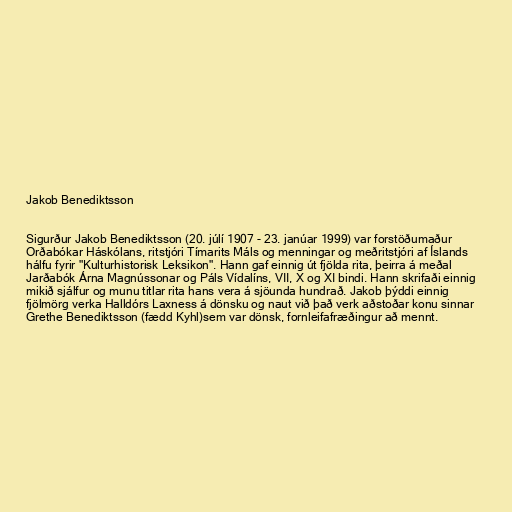
Jakob Benediktsson

Sigurður Jakob Benediktsson (20. júlí 1907 - 23. janúar 1999) var forstöðumaður
Orðabókar Háskólans, ritstjóri Tímarits Máls og menningar og meðritstjóri af Íslands
hálfu fyrir "Kulturhistorisk Leksikon". Hann gaf einnig út fjölda rita, þeirra á meðal
Jarðabók Árna Magnússonar og Páls Vídalíns, VII, X og XI bindi. Hann skrifaði einnig
mikið sjálfur og munu titlar rita hans vera á sjöunda hundrað. Jakob þýddi einnig
fjölmörg verka Halldórs Laxness á dönsku og naut við það verk aðstoðar konu sinnar
Grethe Benediktsson (fædd Kyhl)sem var dönsk, fornleifafræðingur að mennt.